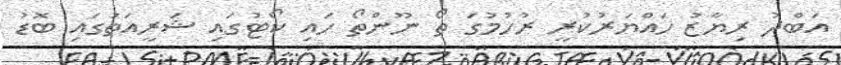
އަބްދު ރިޔާޒު ހައްޔަރުކުރީ ރުހުމުގަ ތޯ ނޫންތޯ ހައި ކޯޓުގައި ޝަރީއަތުގައި ބޮޑު